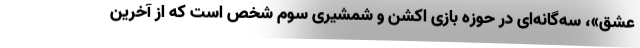
عشق»، سه‌گانه‌ای در حوزه بازی اکشن و شمشیری سوم شخص است که از آخرین